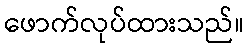
ဖောက်လုပ်ထားသည်။